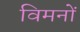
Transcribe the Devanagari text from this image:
विमनों